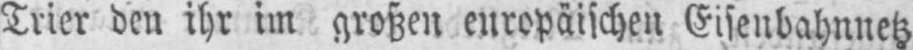
Trier den ihr im großen europäischen Eisenbahnnetz